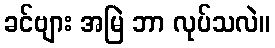
ခင်ဗျား အမြဲ ဘာ လုပ်သလဲ။